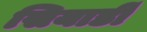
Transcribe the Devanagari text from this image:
सियार्डी